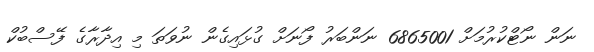
ނަން ނޯޓްކުރުމަށް 6865001 ނަންބަރު ފޯނަށް ގުޅައިގެން ނުވަތަ މި އިދާރާގެ ފޭސްބުކް